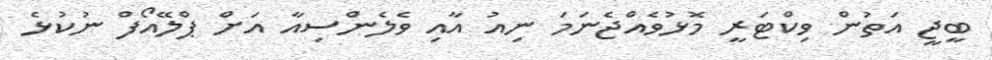
ބީޖީ އަތުން ވިކްޓަރީ މޮޅުވެއްޖެނަމަ ނިއު އާއި ވެލެންސިއާ އަށް ޕްލޭއޯފް ނުކުޅެ